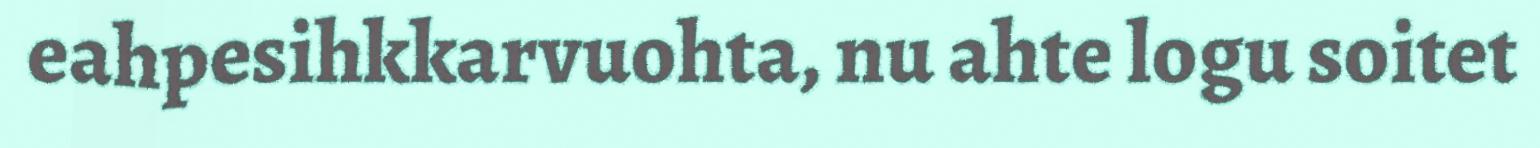
eahpesihkkarvuohta, nu ahte logu soitet